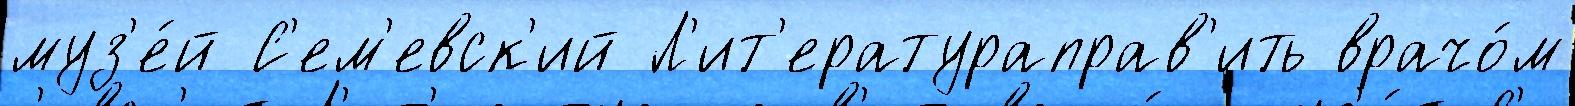
муз'е́й С'ем'евск'ий Л'ит'ератураправ'ить врачо́м